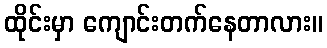
ထိုင်းမှာ ကျောင်းတက်နေတာလား။